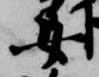
女